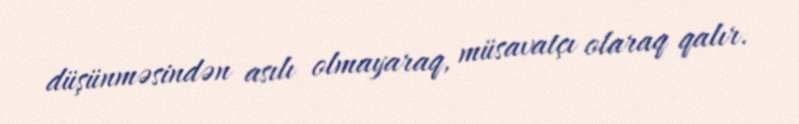
düşünməsindən asılı olmayaraq, müsavatçı olaraq qalır.